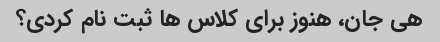
هی جان، هنوز برای کلاس ها ثبت نام کردی؟